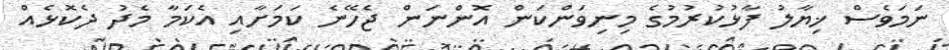
ނަމަވެސް ޚިޔާލު ފާޅުކުރުމުގެ މިނިވަންކަން އޮންނަން ޖެހޭނެ ކަމަށާއި އެކަމާ މެދު ދެކޮޅެއް